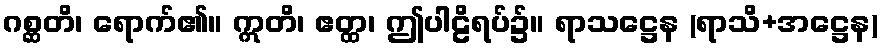
ဂစ္ဆတိ၊ ရောက်၏။ ဣတိ၊ ဧတ္ထ၊ ဤပါဠိရပ်၌။ ရာသဋ္ဌေန (ရာသိ+အဋ္ဌေန)